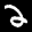
Label: 2